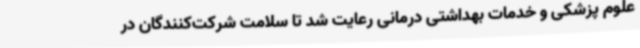
علوم پزشکی و خدمات بهداشتی درمانی رعایت شد تا سلامت شرکت‌کنندگان در